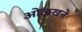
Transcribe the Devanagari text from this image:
ओळखने